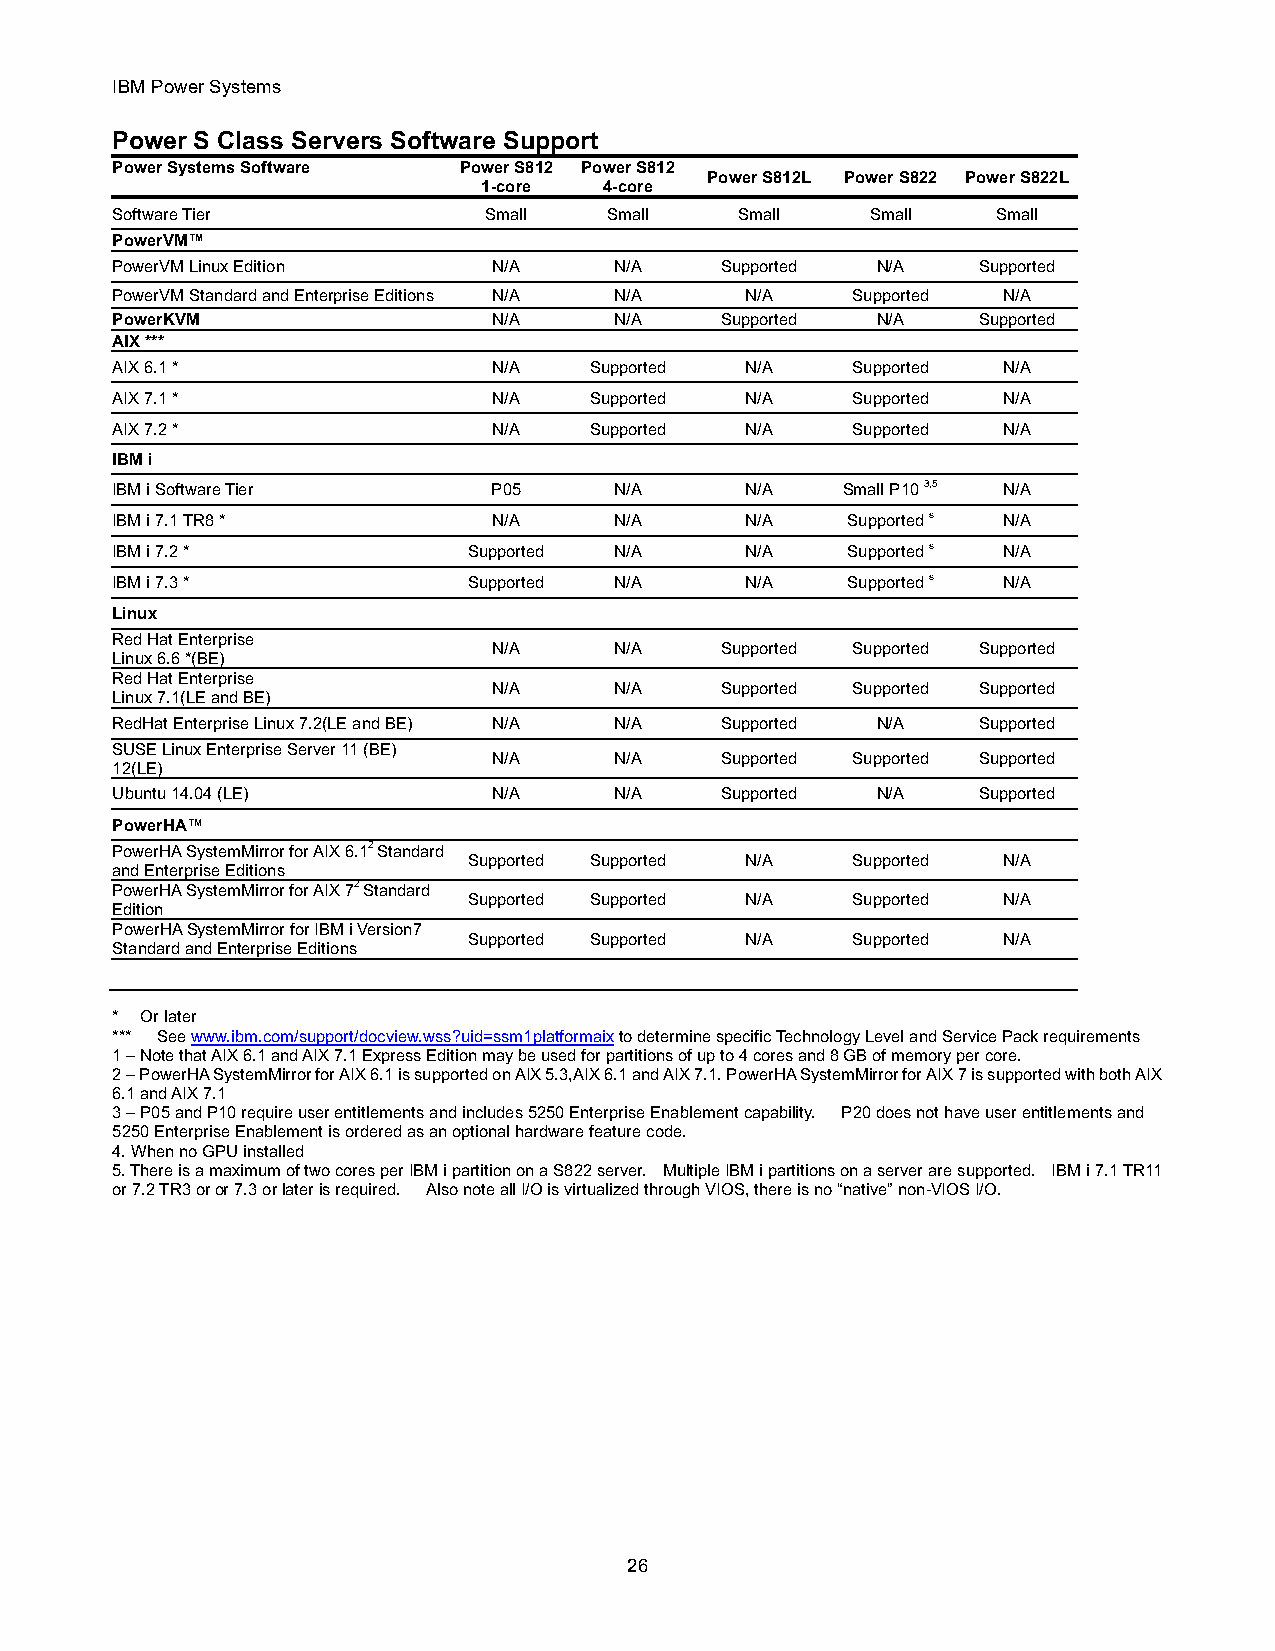
IBM Power Systems
 Power S Class Servers Software Support
 Power Systems Software Power S812 Power S812
 Power S812L Power S822 Power S822L
 1-core  4-core
 Software Tier            Small   Small    Small    Small   Small
 PowerVM™
 PowerVM Linux Edition     N/A     N/A    Supported N/A    Supported
 PowerVM Standard and Enterprise Editions N/A N/A N/A Supported N/A
 PowerKVM                  N/A     N/A    Supported N/A    Supported
 AIX ***
 AIX 6.1 *                 N/A   Supported N/A    Supported N/A
 AIX 7.1 *                 N/A   Supported N/A    Supported N/A
 AIX 7.2 *                 N/A   Supported N/A    Supported N/A
 IBM i
 IBM i Software Tier       P05     N/A     N/A    Small P10 3,5 N/A
 IBM i 7.1 TR8 *           N/A     N/A     N/A    Supported s N/A
 IBM i 7.2 *             Supported N/A     N/A    Supported s N/A
 IBM i 7.3 *             Supported N/A     N/A    Supported s N/A
 Linux
 Red Hat Enterprise
 N/A     N/A    Supported Supported Supported
 Linux 6.6 *(BE)
 Red Hat Enterprise
 N/A     N/A    Supported Supported Supported
 Linux 7.1(LE and BE)
 RedHat Enterprise Linux 7.2(LE and BE) N/A N/A Supported N/A Supported
 SUSE Linux Enterprise Server 11 (BE)
 N/A     N/A    Supported Supported Supported
 12(LE)
 Ubuntu 14.04 (LE)         N/A     N/A    Supported N/A    Supported
 PowerHA™
 PowerHA SystemMirror for AIX 6.12 Standard
 Supported Supported N/A  Supported N/A
 and Enterprise Editions
 PowerHA SystemMirror for AIX 72 Standard
 Supported Supported N/A  Supported N/A
 Edition
 PowerHA SystemMirror for IBM i Version7
 Supported Supported N/A  Supported N/A
 Standard and Enterprise Editions
 * Or later
 *** See www.ibm.com/support/docview.wss?uid=ssm1platformaix to determine specific Technology Level and Service Pack requirements
 1 – Note that AIX 6.1 and AIX 7.1 Express Edition may be used for partitions of up to 4 cores and 8 GB of memory per core.
 2 – PowerHA SystemMirror for AIX 6.1 is supported on AIX 5.3,AIX 6.1 and AIX 7.1. PowerHA SystemMirror for AIX 7 is supported with both AIX
 6.1 and AIX 7.1
 3 – P05 and P10 require user entitlements and includes 5250 Enterprise Enablement capability. P20 does not have user entitlements and
 5250 Enterprise Enablement is ordered as an optional hardware feature code.
 4. When no GPU installed
 5. There is a maximum of two cores per IBM i partition on a S822 server. Multiple IBM i partitions on a server are supported. IBM i 7.1 TR11
 or 7.2 TR3 or or 7.3 or later is required. Also note all I/O is virtualized through VIOS, there is no “native” non-VIOS I/O.
 26